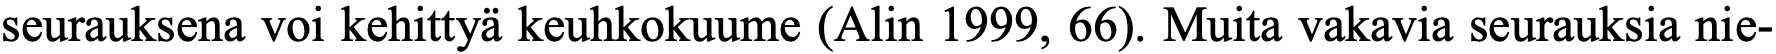
seurauksena voi kehittyä keuhkokuume (Alin 1999, 66). Muita vakavia seurauksia nie-